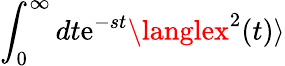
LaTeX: \int_{0}^{\infty}dt\mathrm{e}^{-st}\langlex^{2}(t)\rangle